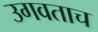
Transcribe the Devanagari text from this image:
उगवताच